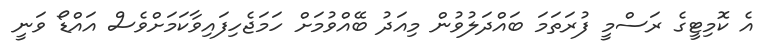
އެ ކޮމިޓީގެ ރަސްމީ ފުރަތަމަ ބައްދަލުވުން މިއަދު ބޭއްވުމަށް ހަމަޖެހިފައިވާކަމަށްވެސް އައްޑޯ ވަނީ